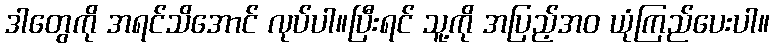
ဒါတွေကို အရင်သိအောင် လုပ်ပါ။ပြီးရင် သူ့ကို အပြည့်အဝ ယုံကြည်ပေးပါ။